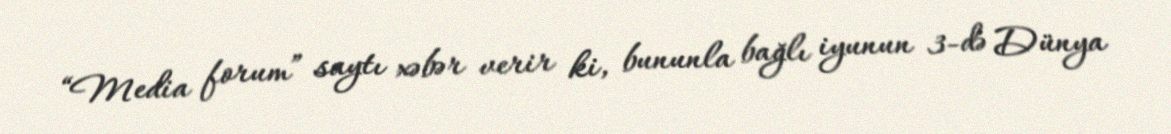
“Media forum” saytı xəbər verir ki, bununla bağlı iyunun 3-də Dünya